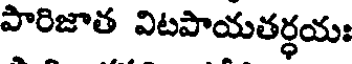
పారిజాత విటపాయతర్ధయః